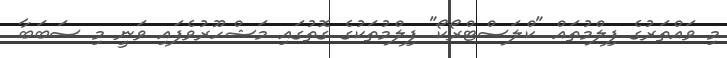
މި ވައްތަރުގެ ފިލްމުތައް "ކްލަސްޓްރޯކޯ" ފިލްމުތަކުގެ ގޮތުގައި މަޝްހޫރުވެފައި ވަނީ މި ސަބަބާ